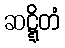
ဆဋ္ဋိတံ